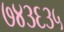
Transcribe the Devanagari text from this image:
७४३६३५